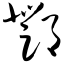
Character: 邓